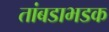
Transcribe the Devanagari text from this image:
तांबडाभडक